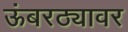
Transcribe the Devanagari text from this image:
ऊंबरठ्यावर